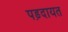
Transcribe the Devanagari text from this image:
पड़दायत